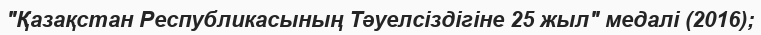
"Қазақстан Республикасының Тәуелсіздігіне 25 жыл" медалі (2016);